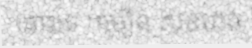
នោះទេ ។មឿន សុខហ៊ុច